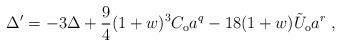
LaTeX: \begin{align*}{\Delta}^\prime=-3\Delta+\frac{9}{4}(1+w)^3C_{\rm o}a^q-18(1+w)\tilde{U}_{\rm o}a^r\;,\end{align*}